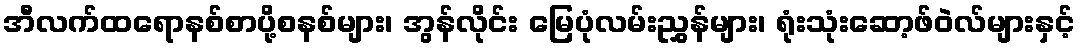
အီလက်ထရောနစ်စာပို့စနစ်များ၊ အွန်လိုင်း မြေပုံလမ်းညွှန်များ၊ ရုံးသုံးဆော့ဖ်ဝဲလ်များနှင့်